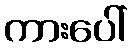
ကားပေါ်